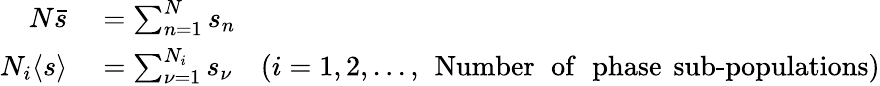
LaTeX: \begin{array}{rl}{N\bar{s}}&{{}=\sum_{n=1}^{N}s_{n}}\\ {N_{i}\langle s\rangle}&{{}=\sum_{\nu=1}^{N_{i}}s_{\nu}\quad(i=1,2,...,\ \operatorname{Number\ of\ phase\ sub-populations})}\end{array}